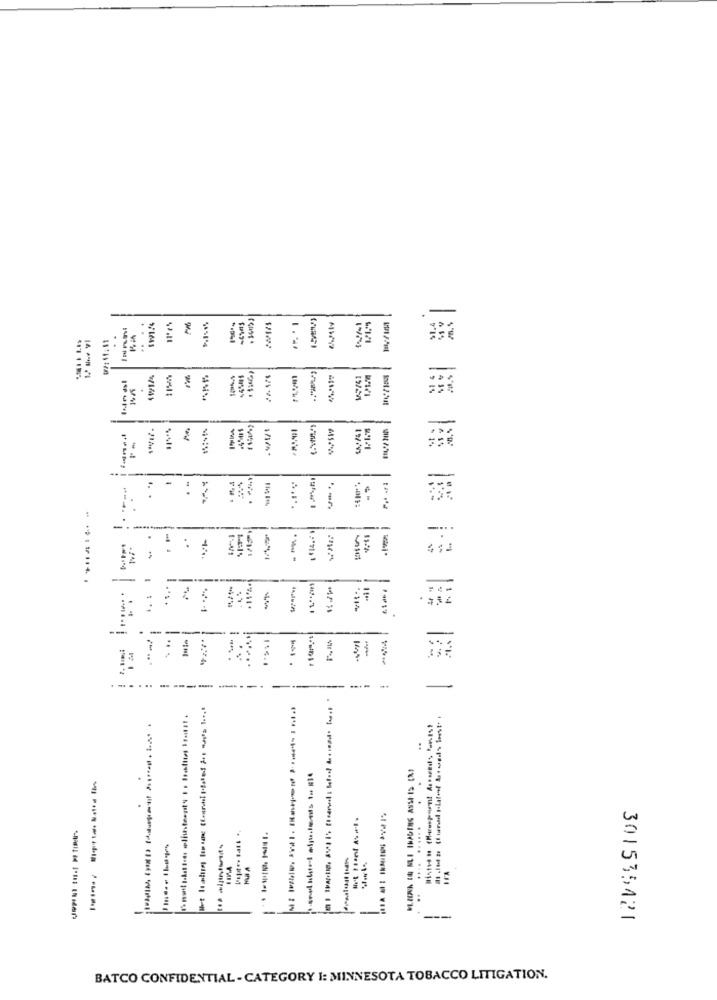
-
.
..
-
-
.
.. .
. .
. .
....
.
..
-
-
-
9-11%
.
---
-..
-
:
-.
-.
...
--------.
-
-
301535420
BATCO CONFIDENTIAL - CATEGORY I: MINNESOTA TOBACCO LITIGATION.